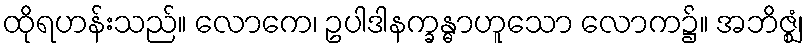
ထိုရဟန်းသည်။ လောကေ၊ ဥပါဒါနက္ခန္ဓာဟူသော လောက၌။ အဘိဇ္ဈံ၊